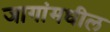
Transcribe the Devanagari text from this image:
जागांमधील